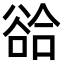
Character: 𧮵